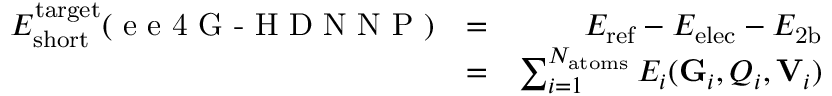
\begin{array} { r l r } { E _ { \mathrm { s h o r t } } ^ { \mathrm { t a r g e t } } ( { \textrm { e e 4 G - H D N N P } } ) } & { = } & { E _ { \mathrm { r e f } } - E _ { \mathrm { e l e c } } - E _ { \mathrm { 2 b } } } \\ & { = } & { \sum _ { i = 1 } ^ { N _ { \mathrm { a t o m s } } } E _ { i } ( \mathrm { \mathbf { G } } _ { i } , Q _ { i } , \mathrm { \mathbf { V } } _ { i } ) } \end{array}